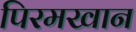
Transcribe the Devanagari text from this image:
पिरमखान